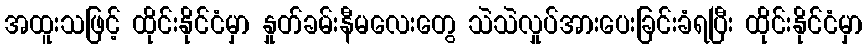
အထူးသဖြင့် ထိုင်းနိုင်ငံမှာ နှုတ်ခမ်းနီမလေးတွေ သဲသဲလှုပ်အားပေးခြင်းခံရပြီး ထိုင်းနိုင်ငံမှာ